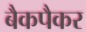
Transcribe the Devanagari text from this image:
बैकपैकर